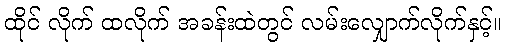
ထိုင် လိုက် ထလိုက် အခန်းထဲတွင် လမ်းလျှောက်လိုက်နှင့်။